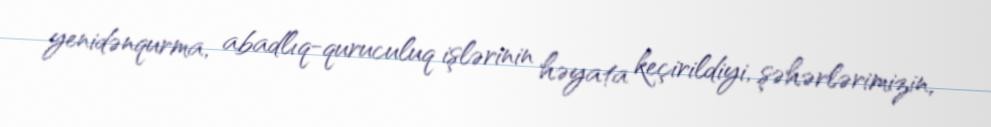
yenidənqurma, abadlıq-quruculuq işlərinin həyata keçirildiyi, şəhərlərimizin,